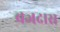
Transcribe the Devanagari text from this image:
ब्रजदास